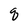
Character: q